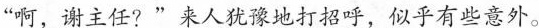
“啊，谢主任?”来人犹豫地打招呼，似乎有些意外。